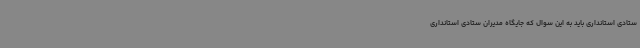
ستادی استانداری باید به این سوال که جایگاه مدیران ستادی استانداری